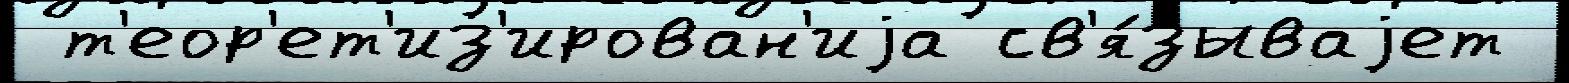
 т'еор'ет'из'ирован'иjа св'я́зываjет